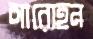
আরোহন